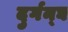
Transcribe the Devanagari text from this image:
दुर्गन्घ